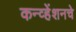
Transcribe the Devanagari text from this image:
कन्व्हेंशनचे